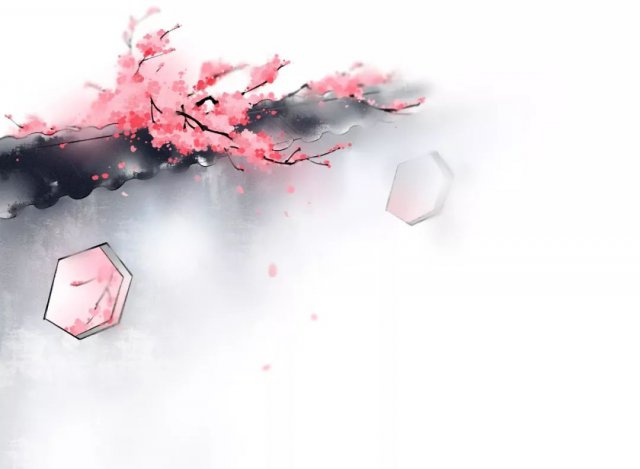
又有墙头千叶桃，风动落花红蔌蔌。